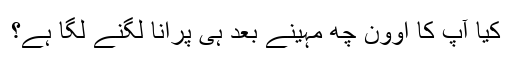
کیا آپ کا اوون چھ مہینے بعد ہی پرانا لگنے لگا ہے؟